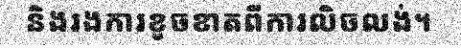
និងរងការខូចខាតពីការលិចលង់។